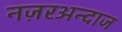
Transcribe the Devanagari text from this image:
नज़रअन्दाज